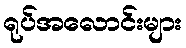
ရုပ်အလောင်းများ